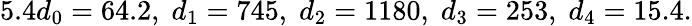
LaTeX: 5.4d_{0}=64.2,\; d_{1}=745,\; d_{2}=1180,\; d_{3}=253,\; d_{4}=15.4.